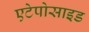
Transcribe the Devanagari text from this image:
एटेपोसाइड